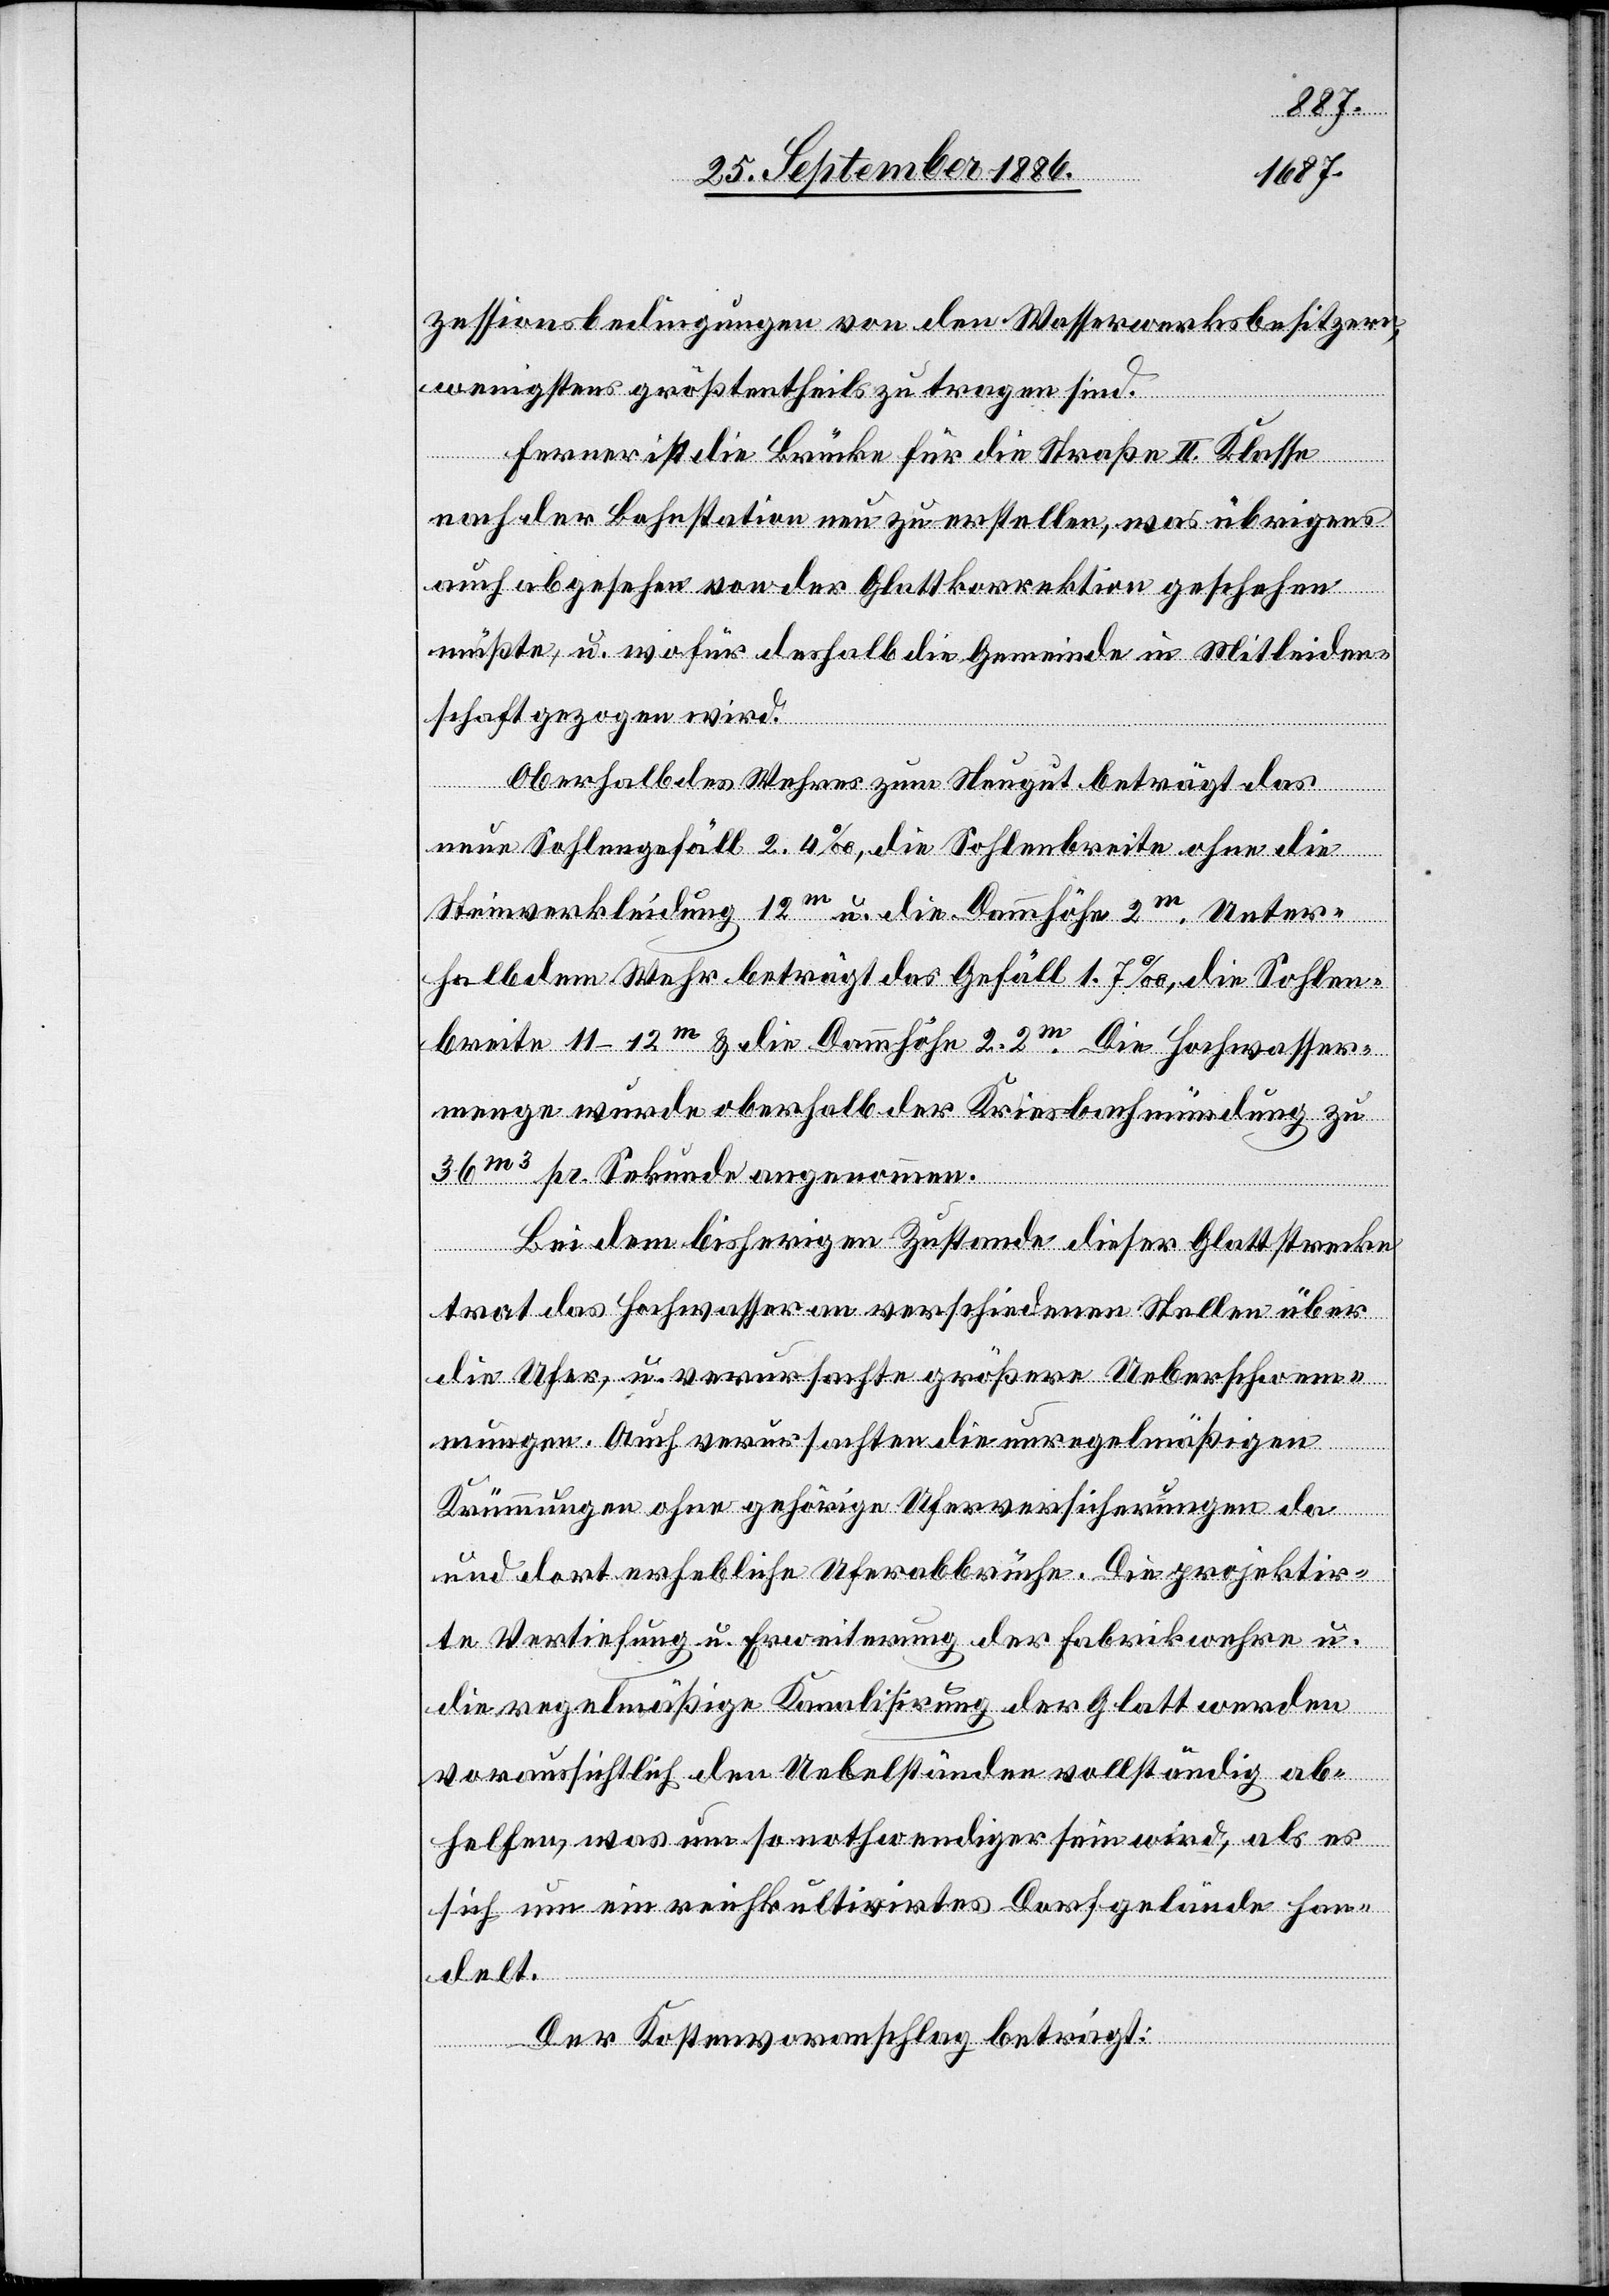
zessionsbedingungen von den Wasserwerksbesitzern,
wenigstens größtentheils zu tragen sind.
Ferner ist die Brücke für die Straße II. Klasse
nach der Bahnstation neu zu erstellen, was übrigens
auch abgesehen von der Glattkorrektion geschehen
müßte, u. wofür deshalb die Gemeinde in Mitleiden¬
schaft gezogen wird.
Oberhalb des Wehres zum Neugut beträgt das
neue Sohlengefäll 2.4‰, die Sohlenbreite ohne die
Steinverkleidung 12m u. die Dammhöhe 2m. Unter¬
halb dem Wehr beträgt das Gefäll 1.7‰, die Sohlen¬
breite 11–12m & die Dammhöhe 2.2m. Die Hochwasser¬
menge wurde oberhalb der Kriesbachmündung zu
36m3 pr. Sekunde angenommen.
Bei dem bisherigen Zustande dieser Glattstrecke
trat das Hochwasser an verschiedenen Stellen über
die Ufer, u. verursachte größere Ueberschwem¬
mungen. Auch verursachten die unregelmäßigen
Krümmungen ohne gehörige Uferversicherungen da
und dort erhebliche Uferabbrüche. Die projektir¬
te Vertiefung u. Erweiterung der Fabrikwehre u.
die regelmäßie Kanalisirung der Glatt werden
voraussichtlich den Uebelständen vollständig ab¬
helfen, was um so nothwendiger sein wird, als es
sich um ein reichkultivirtes Dorfgelände han¬
delt.
Der Kostenvoranschlag beträgt: